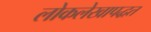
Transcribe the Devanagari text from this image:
लोकलेखापद्धत